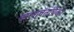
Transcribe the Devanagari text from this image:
कलावंतांपैकी